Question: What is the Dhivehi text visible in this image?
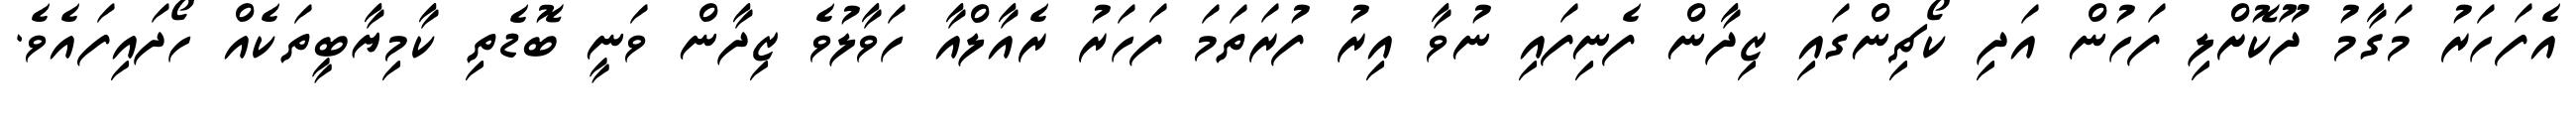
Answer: އެފަހަރު މަގާމު ދޫކޮށްލި ފަހުން އަދި ކޯޗިންގައި ޒިދާން ފެނިފައި ނުވާ އިރު ފުރަތަމަ ފަހަރު ރެއާލްއާ ހަވާލުވެ ޒިދާން ވަނީ ބޮޑެތި ކާމިޔާބީތަކެއް ހޯދައިފައެވެ.